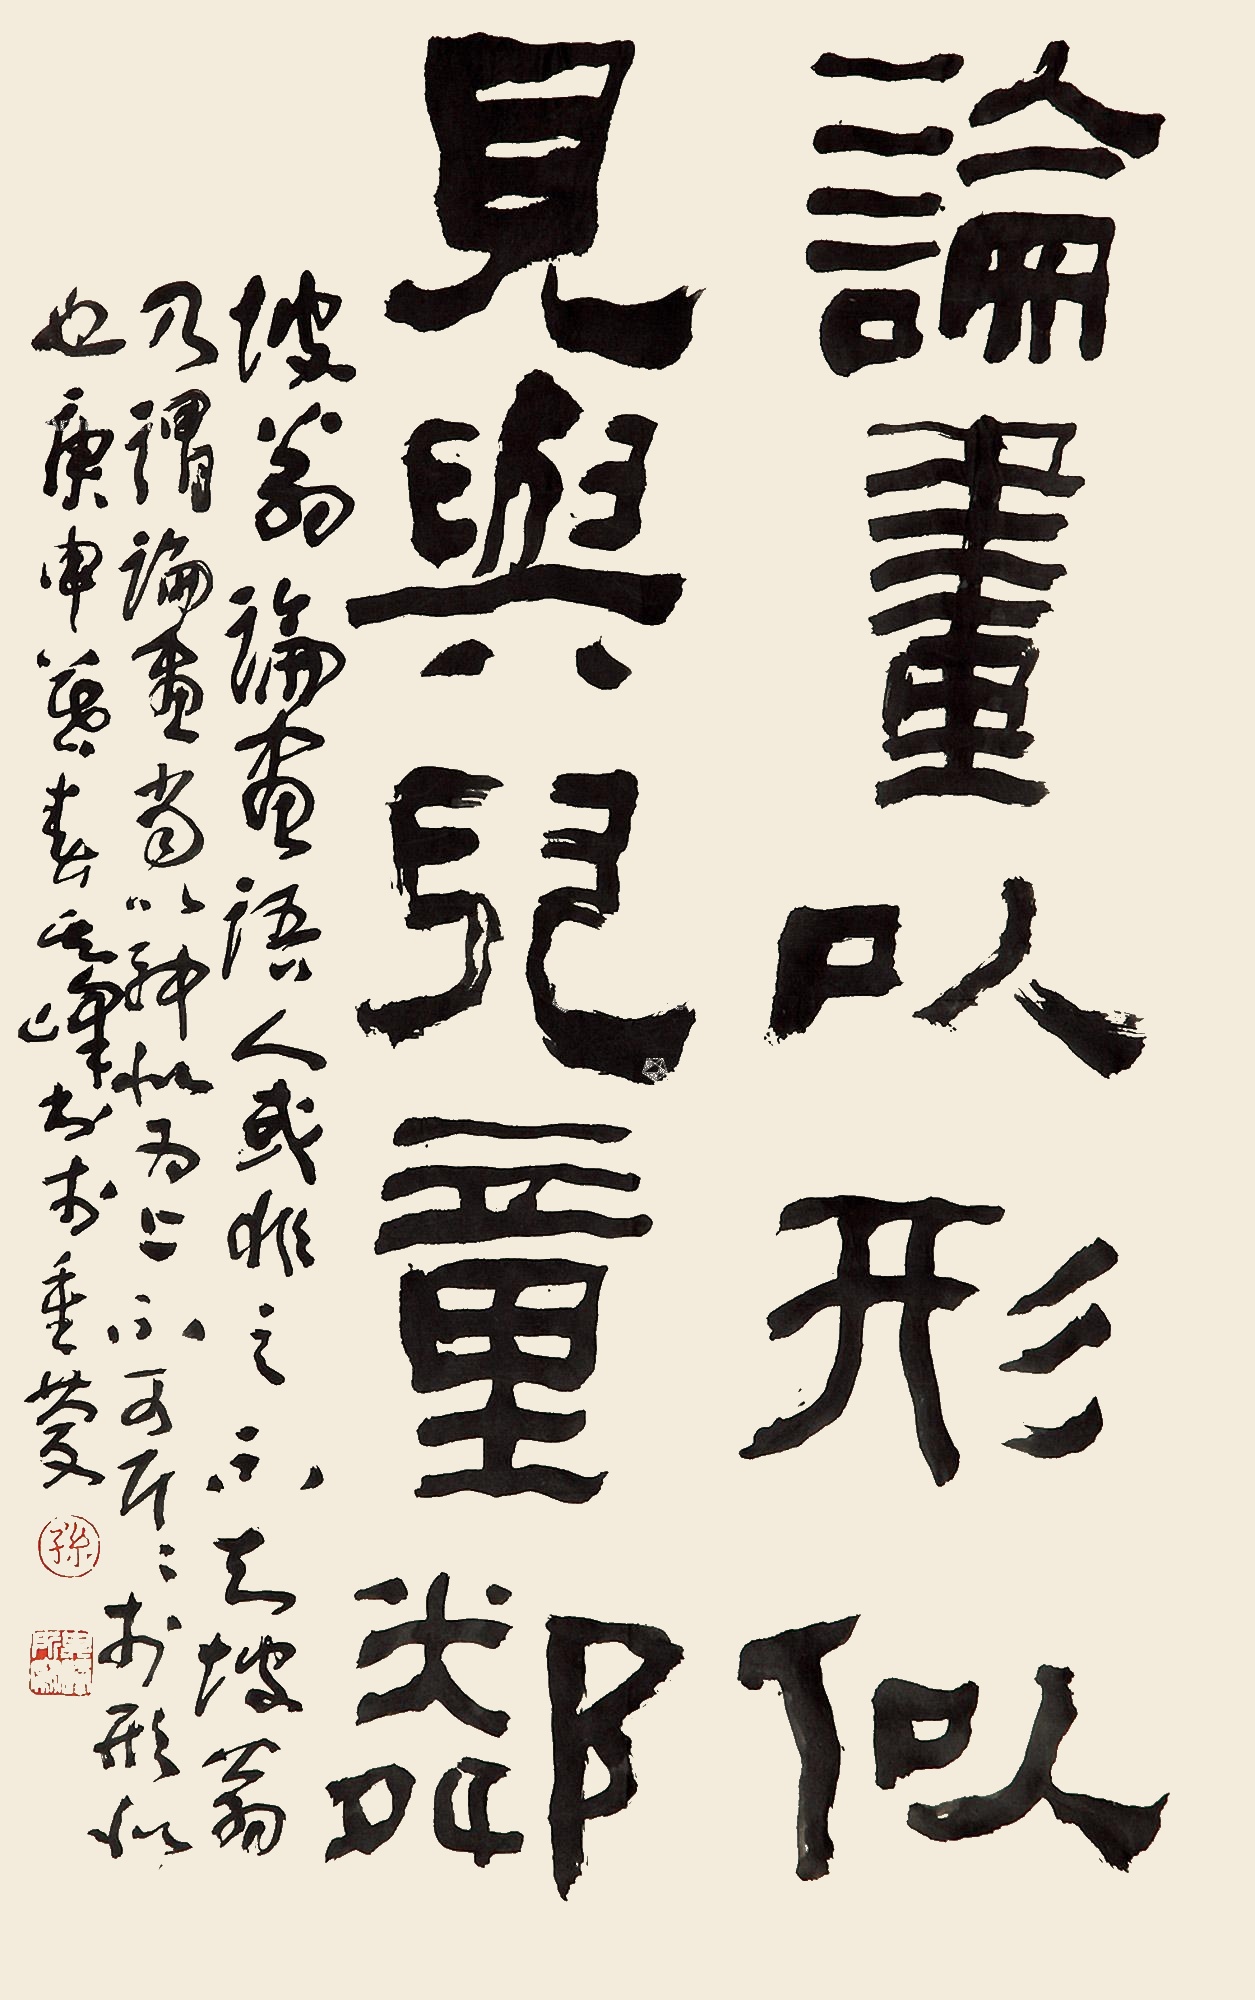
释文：论画以形似，见于儿童邻。坡翁论画语，人或非之，不知坡翁乃谓论画当以神似为上，不可斤斤于形似也。庚申暮春其峰书于重庆。